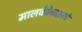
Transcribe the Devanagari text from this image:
मालकीबद्दलचे